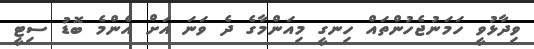
ވިދާޅުވީ ހަމަނުޖެހުންތައް ހިނގީ މިއަންމާގެ ދެ ވަނަ އަށް އެންމެ ބޮޑު ސިޓީ